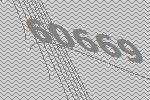
60669